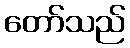
တော်သည်